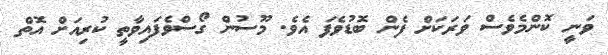
ވަނީ ކޮންމެވެސް ވަރަކަށް ފެން ބޮޑުވެފަ އެވެ. މޫސުން ގޯސްވެފައިވާތީ ކުރިއަށް އޮތް